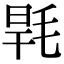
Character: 𣭸